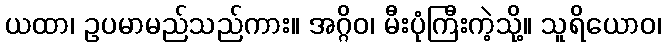
ယထာ၊ ဥပမာမည်သည်ကား။ အဂ္ဂိဝ၊ မီးပုံကြီးကဲ့သို့။ သူရိယောဝ၊